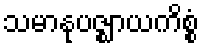
သမာနုပဇ္ဈာယကိစ္စံ